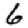
Digit: 6